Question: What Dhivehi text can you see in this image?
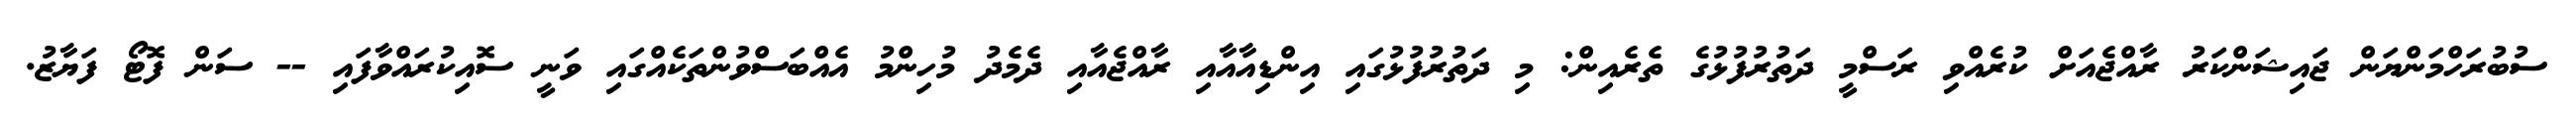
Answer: ސުބުރަހްމަންޔަން ޖައިޝަންކަރު ރާއްޖެއަށް ކުރެއްވި ރަސްމީ ދަތުރުފުޅުގެ ތެރެއިން: މި ދަތުރުފުޅުގައި އިންޑިއާއާއި ރާއްޖެއާއި ދެމެދު މުހިންމު އެއްބަސްވުންތަކެއްގައި ވަނީ ސޮއިކުރައްވާފައި -- ސަން ފޮޓޯ ފަޔާޒު.